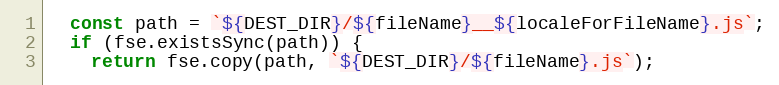
Language: JavaScript
  const path = `${DEST_DIR}/${fileName}__${localeForFileName}.js`;
  if (fse.existsSync(path)) {
    return fse.copy(path, `${DEST_DIR}/${fileName}.js`);